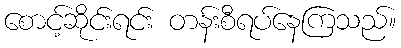
စောင့်ဆိုင်းရင်း တန်းစီရပ်နေကြသည်။